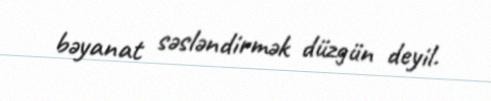
bəyanat səsləndirmək düzgün deyil.